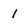
Character: 1